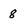
Character: 8